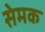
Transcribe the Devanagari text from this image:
सेमक